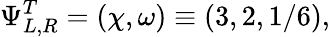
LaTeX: \Psi_{L,R}^{T}=(\chi,\omega)\equiv(3,2,1/6),